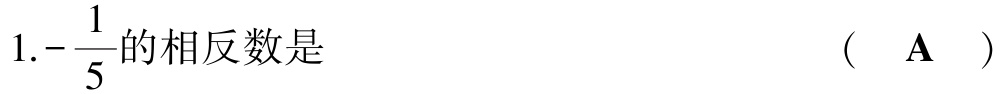
$1.-\dfrac{1}{5}的相反数是\quad(\quad \text{A}\quad)$